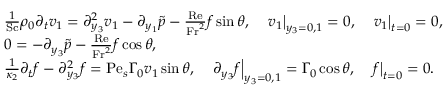
\begin{array} { r l } & { \frac { 1 } { \mathrm { S c } } \rho _ { 0 } \partial _ { t } v _ { 1 } = \partial _ { y _ { 3 } } ^ { 2 } v _ { 1 } - \partial _ { y _ { 1 } } \tilde { p } - \frac { \mathrm { R e } } { \mathrm { F r } ^ { 2 } } f \sin \theta , \quad \left. v _ { 1 } \right| _ { y _ { 3 } = 0 , 1 } = 0 , \quad \left. v _ { 1 } \right| _ { t = 0 } = 0 , } \\ & { 0 = - \partial _ { y _ { 3 } } \tilde { p } - \frac { \mathrm { R e } } { \mathrm { F r } ^ { 2 } } f \cos \theta , } \\ & { \frac { 1 } { \kappa _ { 2 } } \partial _ { t } f - \partial _ { y _ { 3 } } ^ { 2 } f = \mathrm { P e } _ { s } \Gamma _ { 0 } v _ { 1 } \sin \theta , \quad \left. \partial _ { y _ { 3 } } f \right| _ { y _ { 3 } = 0 , 1 } = \Gamma _ { 0 } \cos \theta , \quad \left. f \right| _ { t = 0 } = 0 . } \end{array}